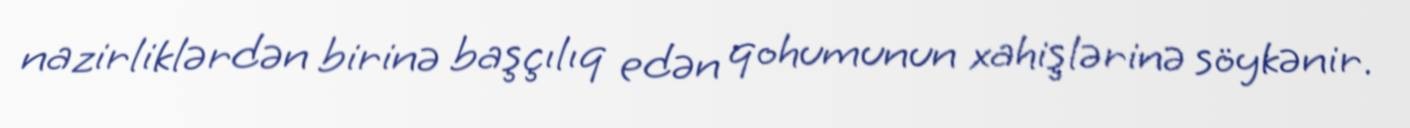
nazirliklərdən birinə başçılıq edən qohumunun xahişlərinə söykənir.